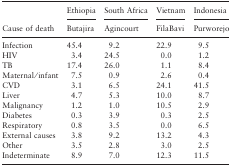
<table><thead><tr><td></td><td><b>Ethiopia</b></td><td><b>South Africa</b></td><td><b>Vietnam</b></td><td><b>Indonesia</b></td></tr><tr><td><b>Cause of death</b></td><td><b>Butajira</b></td><td><b>Agincourt</b></td><td><b>FilaBavi</b></td><td><b>Purworejo</b></td></tr></thead><tbody><tr><td>Infection</td><td>45.4</td><td>9.2</td><td>22.9</td><td>9.5</td></tr><tr><td>HIV</td><td>3.4</td><td>24.5</td><td>0.0</td><td>1.2</td></tr><tr><td>TB</td><td>17.4</td><td>26.0</td><td>1.1</td><td>8.4</td></tr><tr><td>Maternal/infant</td><td>7.5</td><td>0.9</td><td>2.6</td><td>0.4</td></tr><tr><td>CVD</td><td>3.1</td><td>6.5</td><td>24.1</td><td>41.5</td></tr><tr><td>Liver</td><td>4.7</td><td>5.3</td><td>10.0</td><td>8.7</td></tr><tr><td>Malignancy</td><td>1.2</td><td>1.0</td><td>10.5</td><td>2.9</td></tr><tr><td>Diabetes</td><td>0.3</td><td>3.9</td><td>0.3</td><td>2.5</td></tr><tr><td>Respiratory</td><td>0.8</td><td>3.5</td><td>0.0</td><td>6.5</td></tr><tr><td>External causes</td><td>3.8</td><td>9.2</td><td>13.2</td><td>4.3</td></tr><tr><td>Other</td><td>3.5</td><td>2.8</td><td>3.0</td><td>2.5</td></tr><tr><td>Indeterminate</td><td>8.9</td><td>7.0</td><td>12.3</td><td>11.5</td></tr></tbody></table>